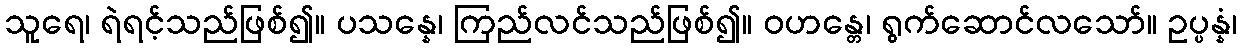
သူရေ၊ ရဲရင့်သည်ဖြစ်၍။ ပသန္နေ၊ ကြည်လင်သည်ဖြစ်၍။ ဝဟန္တေ၊ ရွက်ဆောင်လသော်။ ဥပ္ပန္နံ၊